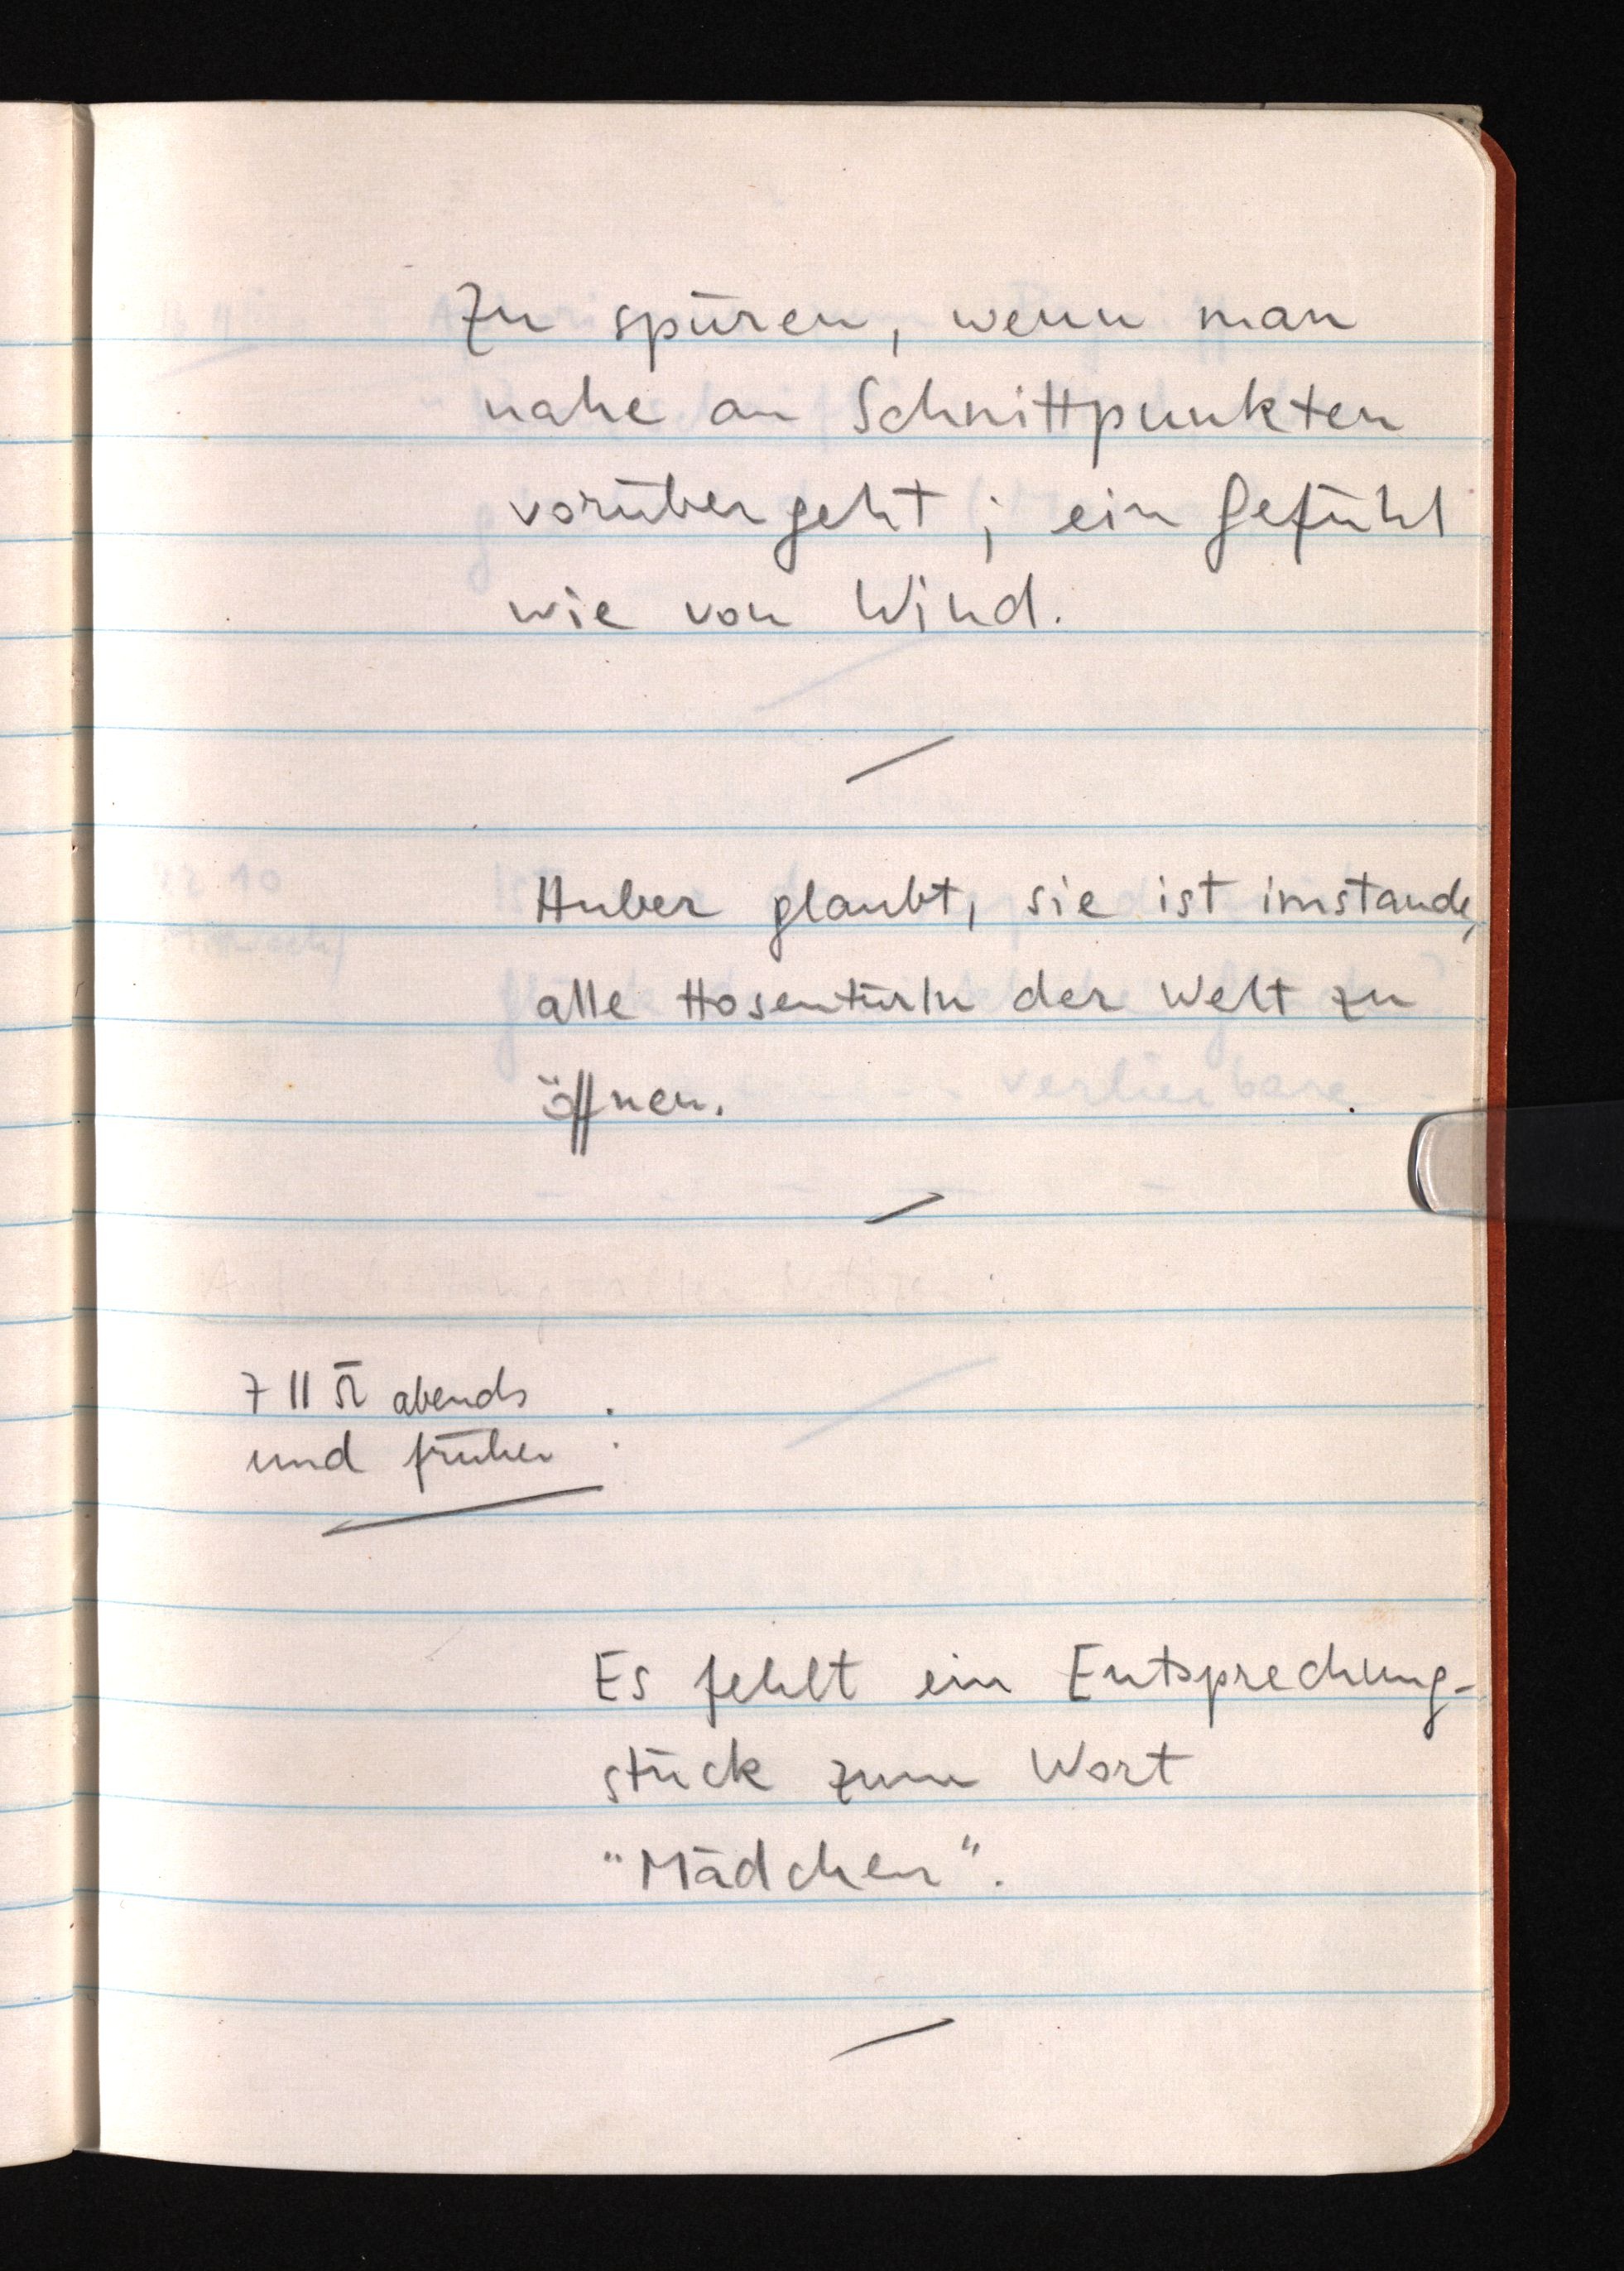
Zu spüren, wenn man
nahe an Schnittpunkten
vorübergeht ein Gefühl
wie von Wind.
Huber glaubt, sie ist imstande,
alle Hosentürln der Welt zu
öffnen.
7 11 52 abends
und früher:
Es fehlt ein Entsprechung¬
stück zum Wort
"Mädchen".